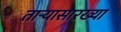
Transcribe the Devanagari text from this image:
ताऱ्यासारख्या